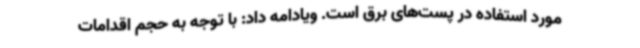
مورد استفاده در پست‌های برق است. ویادامه داد: با توجه به حجم اقدامات